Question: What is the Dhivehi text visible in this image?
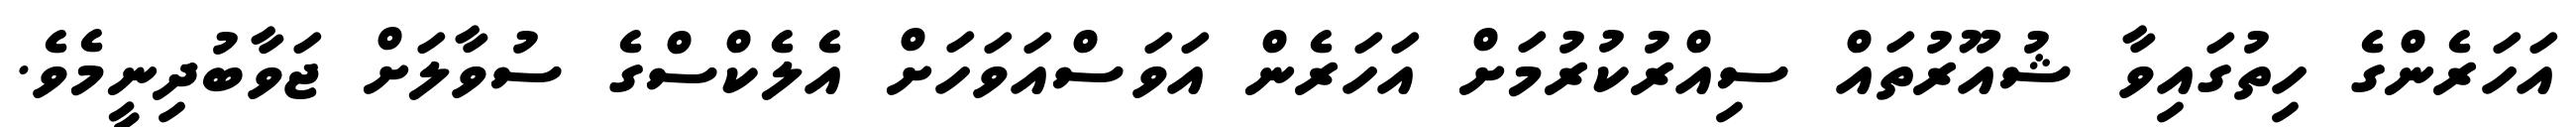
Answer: އަހަރެންގެ ހިތުގައިވާ ޝުއޫރުތައް ސިއްރުކުރުމަށް އަހަރެން އަވަސްއަވަހަށް އެލެކްސްގެ ސުވާލަށް ޖަވާބުދިނީމެވެ.